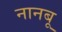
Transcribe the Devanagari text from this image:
नानबू